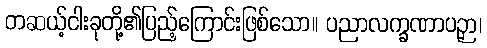
တဆယ့်ငါးခုတို့၏ပြည့်ကြောင်းဖြစ်သော။ ပညာလက္ခဏာပဉှာ၊